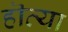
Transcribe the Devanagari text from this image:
हॊत्या